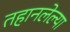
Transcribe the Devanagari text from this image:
तहानलेल्या